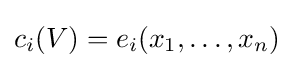
c_{i}(V)=e_{i}(x_{1},\ldots ,x_{n})